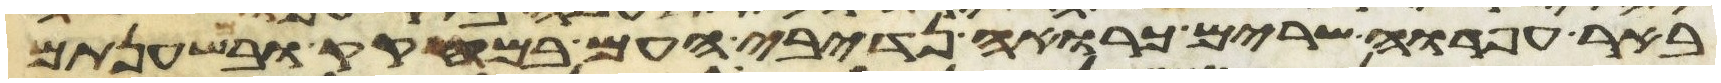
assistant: באר חפרוה שרים כרואה נדיבי העם במחקק ובמשענתם